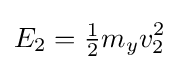
E_{2}={\tfrac {1}{2}}m_{y}v_{2}^{2}\,\!